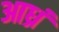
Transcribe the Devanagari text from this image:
आध्रं